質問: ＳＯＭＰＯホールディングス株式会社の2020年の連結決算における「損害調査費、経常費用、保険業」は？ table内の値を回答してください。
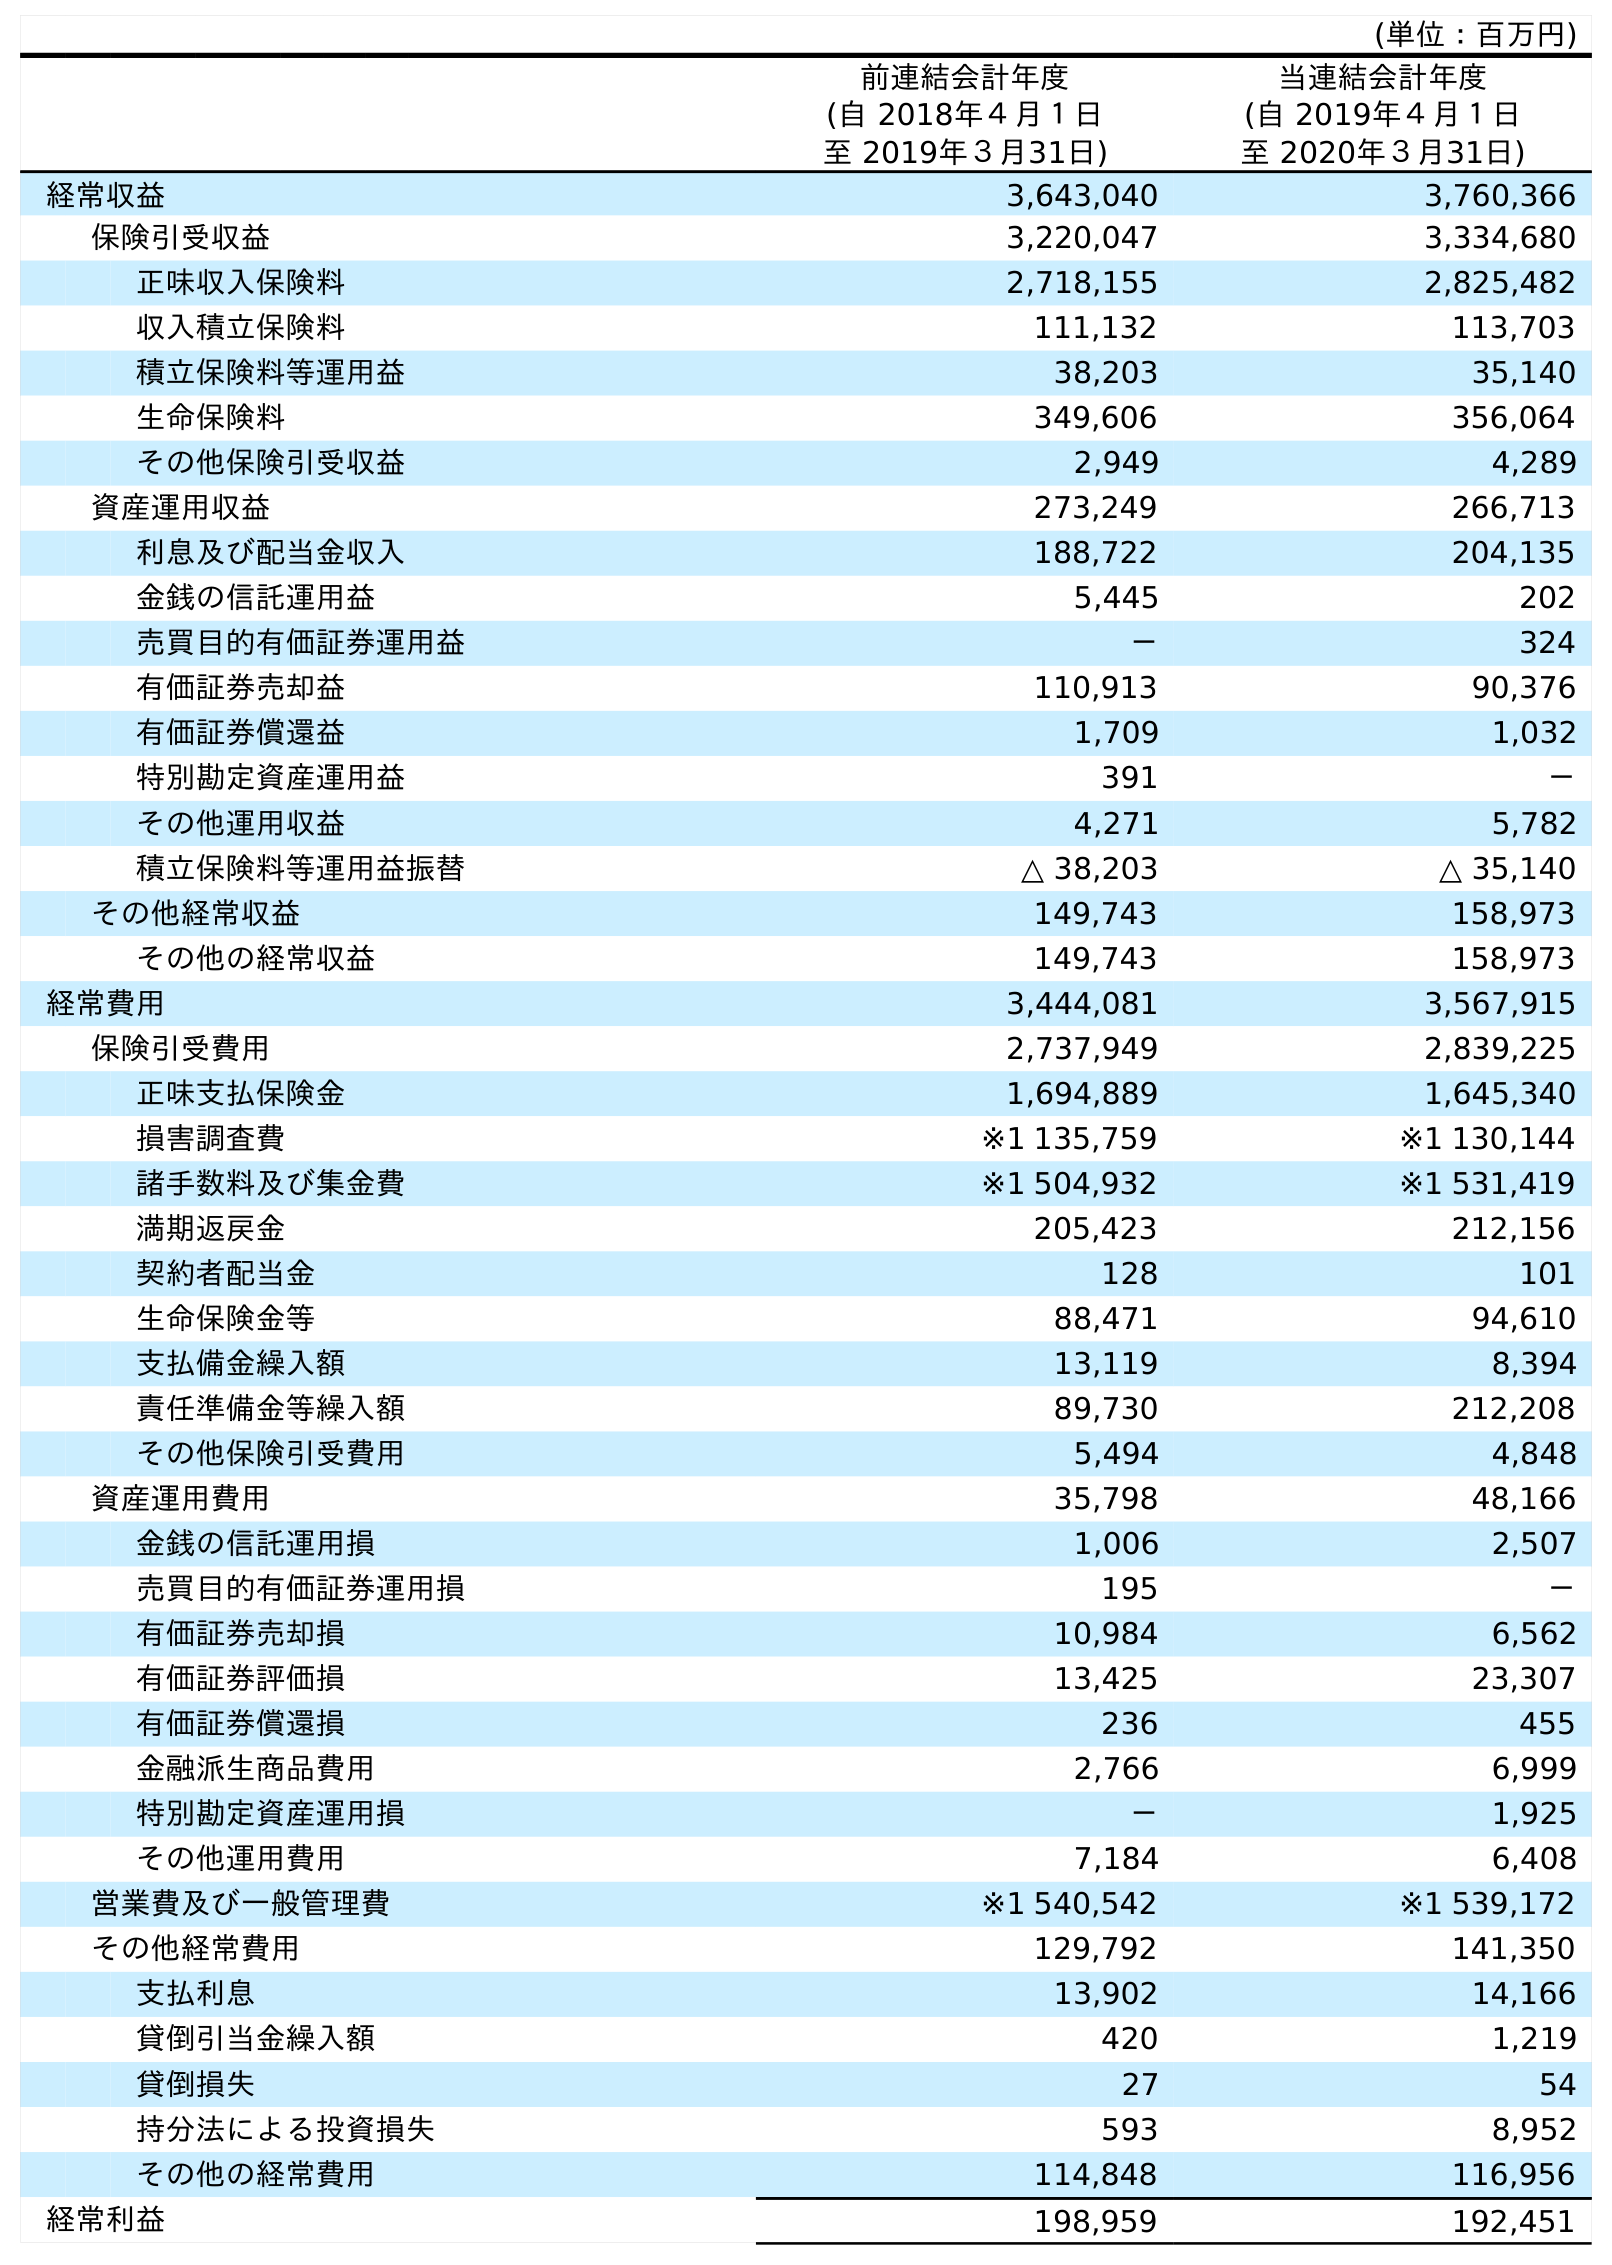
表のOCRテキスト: (単位：百万円) 前連結会計年度 (自 2018年４月１日 至 2019年３月31日) 当連結会計年度 (自 2019年４月１日 至 2020年３月31日) 経常収益 3,643,040 3,760,366 保険引受収益 3,220,047 3,334,680 正味収入保険料 2,718,155 2,825,482 収入積立保険料 111,132 113,703 積立保険料等運用益 38,203 35,140 生命保険料 349,606 356,064 その他保険引受収益 2,949 4,289 資産運用収益 273,249 266,713 利息及び配当金収入 188,722 204,135 金銭の信託運用益 5,445 202 売買目的有価証券運用益 － 324 有価証券売却益 110,913 90,376 有価証券償還益 1,709 1,032 特別勘定資産運用益 391 － その他運用収益 4,271 5,782 積立保険料等運用益振替 △ 38,203 △ 35,140 その他経常収益 149,743 158,973 その他の経常収益 149,743 158,973 経常費用 3,444,081 3,567,915 保険引受費用 2,737,949 2,839,225 正味支払保険金 1,694,889 1,645,340 損害調査費 ※1 135,759 ※1 130,144 諸手数料及び集金費 ※1 504,932 ※1 531,419 満期返戻金 205,423 212,156 契約者配当金 128 101 生命保険金等 88,471 94,610 支払備金繰入額 13,119 8,394 責任準備金等繰入額 89,730 212,208 その他保険引受費用 5,494 4,848 資産運用費用 35,798 48,166 金銭の信託運用損 1,006 2,507 売買目的有価証券運用損 195 － 有価証券売却損 10,984 6,562 有価証券評価損 13,425 23,307 有価証券償還損 236 455 金融派生商品費用 2,766 6,999 特別勘定資産運用損 － 1,925 その他運用費用 7,184 6,408 営業費及び一般管理費 ※1 540,542 ※1 539,172 その他経常費用 129,792 141,350 支払利息 13,902 14,166 貸倒引当金繰入額 420 1,219 貸倒損失 27 54 持分法による投資損失 593 8,952 その他の経常費用 114,848 116,956 経常利益 198,959 192,451
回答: ※1130,144